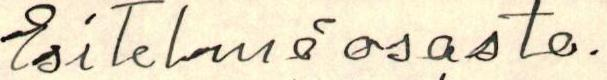
Esitelmäosasto.